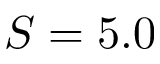
S = 5 . 0